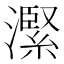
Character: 𪷬